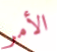
الأمر